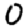
Digit: 0